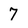
Character: 7